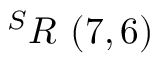
^ { S } R \ ( 7 , 6 )